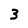
Character: 3